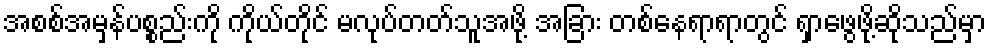
အစစ်အမှန်ပစ္စည်းကို ကိုယ်တိုင် မလုပ်တတ်သူအဖို့ အခြား တစ်နေရာရာတွင် ရှာဖွေဖို့ဆိုသည်မှာ